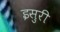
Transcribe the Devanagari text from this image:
इसुरी